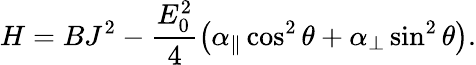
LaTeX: H=BJ^{2}-\frac{E_{0}^{2}}{4}\left(\alpha_{\parallel}\cos^{2}\theta+\alpha_{\perp}\sin^{2}\theta\right).